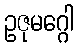
ဥဇုမဂ္ဂေါ